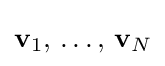
\displaystyle \mathbf {v} _{1},\,\ldots ,\,\mathbf {v} _{N}